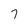
Character: 7